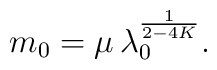
m_{0}=\mu\, \lambda_{0}^{\frac{1}{2-4K}}.